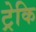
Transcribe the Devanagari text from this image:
ट्रेकि